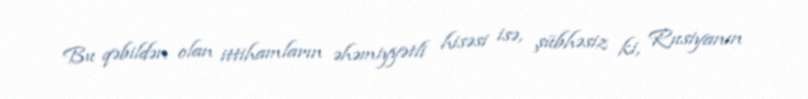
Bu qəbildən olan ittihamların əhəmiyyətli hisəsi isə, şübhəsiz ki, Rusiyanın